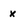
Character: x